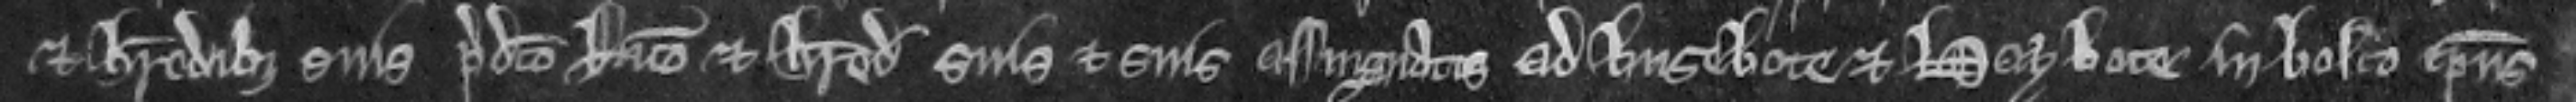
et heredibus suis predicto Ricardo et heredibus suis et suis assignatis ad husebote et haybote in bosco ipsius